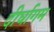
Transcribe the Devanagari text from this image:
दीर्घागम